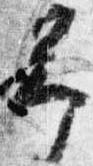
予